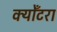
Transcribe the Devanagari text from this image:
क्योँटरा